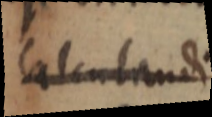
Calculandi